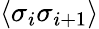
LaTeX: \langle\sigma_{i}\sigma_{i+1}\rangle